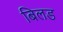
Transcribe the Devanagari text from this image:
बिलड